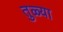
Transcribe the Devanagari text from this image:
तुळ्या